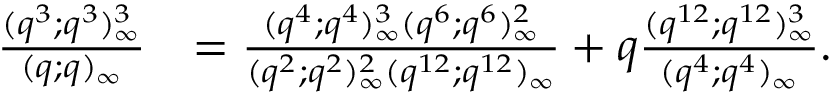
\begin{array} { r l } { \frac { ( q ^ { 3 } ; q ^ { 3 } ) _ { \infty } ^ { 3 } } { ( q ; q ) _ { \infty } } } & { = \frac { ( q ^ { 4 } ; q ^ { 4 } ) _ { \infty } ^ { 3 } ( q ^ { 6 } ; q ^ { 6 } ) _ { \infty } ^ { 2 } } { ( q ^ { 2 } ; q ^ { 2 } ) _ { \infty } ^ { 2 } ( q ^ { 1 2 } ; q ^ { 1 2 } ) _ { \infty } } + q \frac { ( q ^ { 1 2 } ; q ^ { 1 2 } ) _ { \infty } ^ { 3 } } { ( q ^ { 4 } ; q ^ { 4 } ) _ { \infty } } . } \end{array}